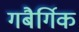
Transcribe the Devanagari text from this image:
गबैर्गिक